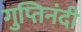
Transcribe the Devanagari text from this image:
गुप्तिनंदी